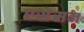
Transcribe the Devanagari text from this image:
एसेसन